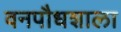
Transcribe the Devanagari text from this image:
वनपौधशाला